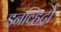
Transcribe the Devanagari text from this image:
इनव्हिट्रो